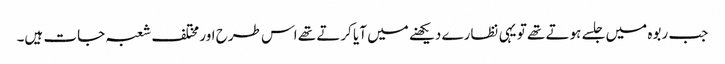
جب ربوہ میں جلسے ہوتے تھے تو یہی نظارے دیکھنے میں آیا کرتے تھے اس طرح اور مختلف شعبہ جات ہیں۔